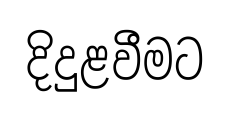
දිදුළවීමට